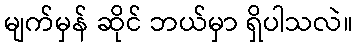
မျက်မှန် ဆိုင် ဘယ်မှာ ရှိပါသလဲ။